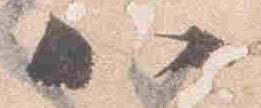
八